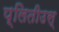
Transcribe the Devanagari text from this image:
प्लितीउस्